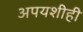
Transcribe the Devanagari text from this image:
अपयशीही